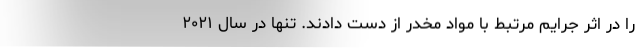
را در اثر جرایم مرتبط با مواد مخدر از دست دادند. تنها در سال ۲۰۲۱